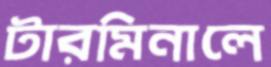
টারমিনালে